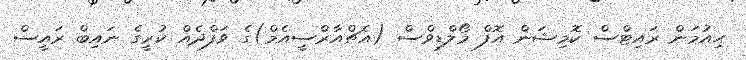
ހިއުމަން ރައިޓްސް ކޮމިޝަން އޮފް މޯލްޑިވްސް (އެޗްއާރްސީއެމް)ގެ ވަފްދެއް ކުރީގެ ނައިބް ރައީސް